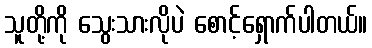
သူတို့ကို သွေးသားလိုပဲ စောင့်ရှောက်ပါတယ်။